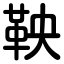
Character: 鞅